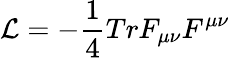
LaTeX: {\cal L}=-{\frac{1}{4}}TrF_{\mu\nu}F^{\mu\nu}